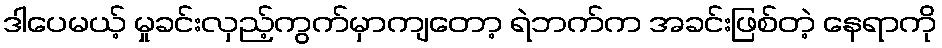
ဒါပေမယ့် မှုခင်းလှည့်ကွက်မှာကျတော့ ရဲဘက်က အခင်းဖြစ်တဲ့ နေရာကို